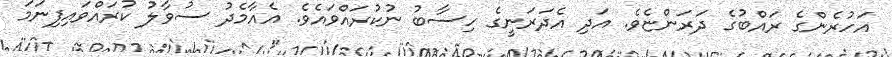
އަހުރެންގެ ރައްބުގެ ދަރަންޏެވެ. އަދި އެދަރަނީގެ ހިސާބު ނުކުރައްވައެވެ. އެއާމެދު ސުވާލު ކުރައްވައިފިނަމަ